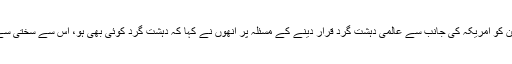
سید صلاح الدین کو امریکہ کی جانب سے عالمی دہشت گرد قرار دینے کے مسئلہ پر انھوں نے کہا کہ دہشت گرد کوئی بھی ہو، اس سے سختی سے نمٹنا چاہئے۔